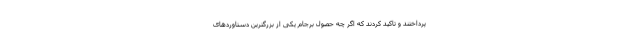
پرداختند و تاکید کردند که اگر چه حصول برجام یکی از بزرگترین دستاوردهای